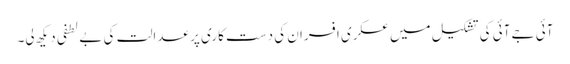
آئی جے آئی کی تشکیل میں عسکری افسران کی دست کاری پر عدالت کی بے لطفی دیکھ لی۔